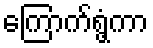
ကြောက်ရွံ့ကာ